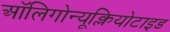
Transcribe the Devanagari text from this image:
ऑलिगोन्यूक्लियोटाइड